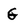
Character: G